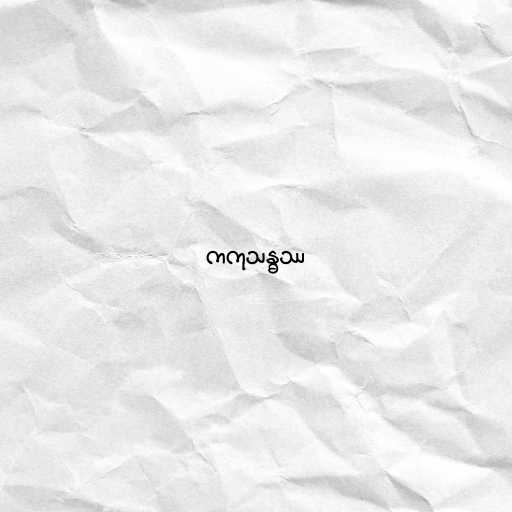
ကကုသန္ဓဿ